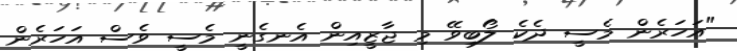
"އަހަރެން މެސީ ދެކެ ލޯބިވޭ މި ޖާޒީއިން އެނގެނީ މެސީ ވެސް އަހަރެން